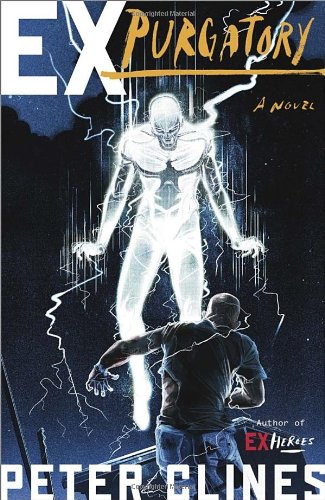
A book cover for Ex-Purgatory: A Novel (Ex-Heroes); Peter Clines; Comics & Graphic Novels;